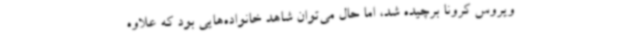
ویروس کرونا برچیده شد، اما حال می‌توان شاهد خانواده‌هایی بود که علاوه